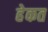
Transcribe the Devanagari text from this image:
हेकत